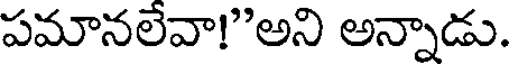
పమానలేవా!"అని అన్నాడు.